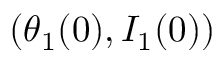
( \theta _ { 1 } ( 0 ) , I _ { 1 } ( 0 ) )